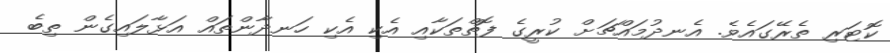
ކޮޓަރި ތެރޭގައެވެ. އެނދުމައްޗަށް ކުރީގެ ފޮތްތަކާއި އެކި އެކި ހަނދާންތައް އަޅާލައިގެން ތިބެ